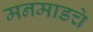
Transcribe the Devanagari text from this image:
मनमाडचे